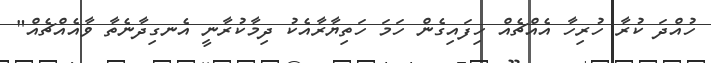
ހުއްދަ ކުރާ ހުރިހާ އެއްޗެއް ހިފައިގެން ހަމަ ހަތިޔާރާއެކު ދިމާކުރާނީ އެނގިދާނެތާ ވާއެއްޗެއް"